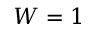
W = 1